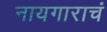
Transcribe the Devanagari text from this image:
नायगाराचं